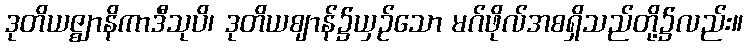
ဒုတိယဇ္ဈာနိကာဒီသုပိ၊ ဒုတိယဈာန်၌ယှဉ်သော မဂ်ဖိုလ်အစရှိသည်တို့၌လည်း။